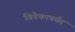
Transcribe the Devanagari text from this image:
विवेकापर्यंत